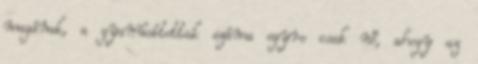
magának, a gyanúsítottak száma egyre csak nő, ahogy az